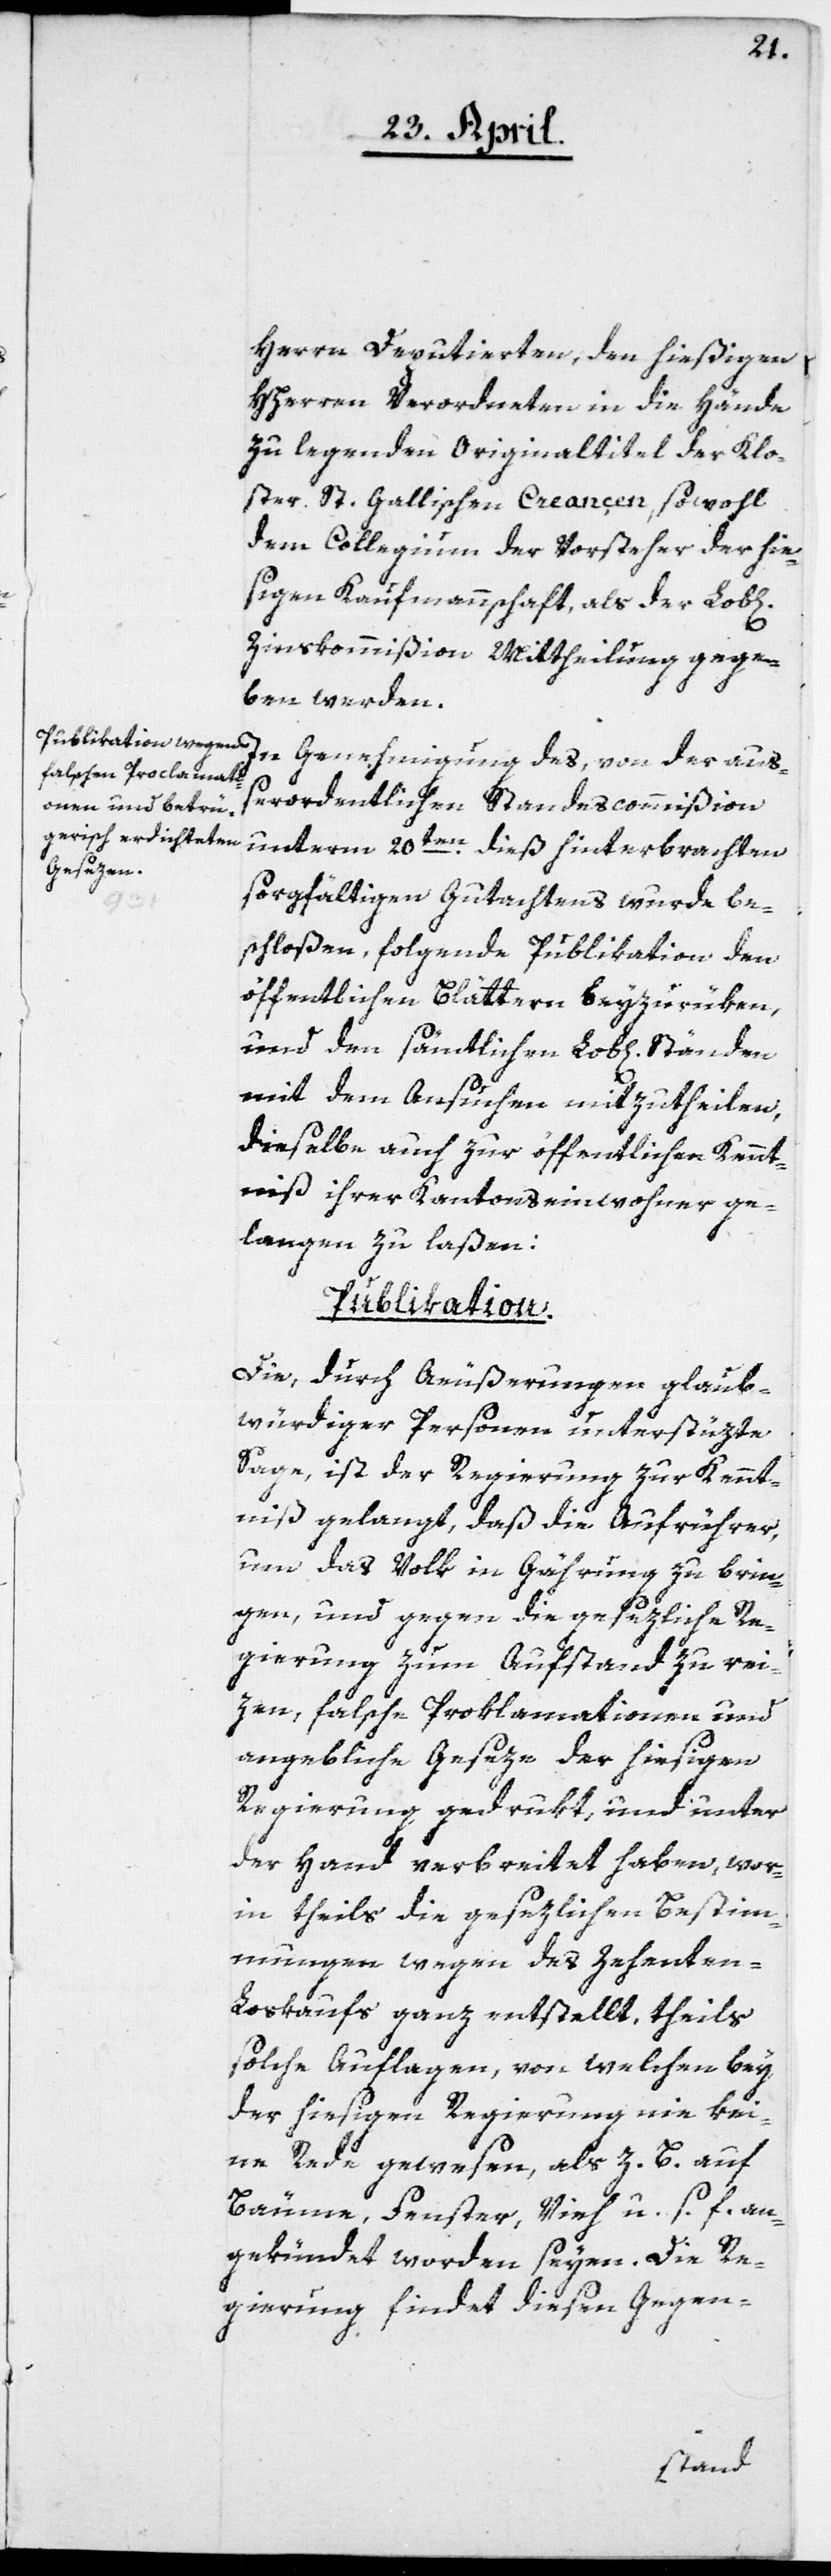
chen]

Herrn Deputierten, den hießigen
HHerren Verordneten in die Hände
zu legenden Originaltitel der Klo¬
ster St. Gallischen Creançen, sowohl
dem Collegium der Vorsteher der hie¬
sigen Kaufmannschaft als der Lob[li¬
Zinskommißion Mittheilung gege¬
ben werden.
In Genehmigung des, von der auß¬
erordentlichen Standescommißion
unterm 20ten dieß hinterbrachten
sorgfältigen Gutachtens wurde be¬
schloßen, folgende Publikation den
öffentlichen Blättern beyzurüken,
und den sämtlichen Lob[lichen]
mit dem Ansuchen mitzutheilen,
dieselbe auch zur öffentlichen Kennt¬
niß ihrer Kantonseinwohner ge¬
langen zu laßen:
Publikation.
Die, durch Äußerungen glaub¬
würdiger Personen unterstüzte
Sage, ist der Regierung zur Kennt¬
niß gelangt, daß die Aufrührer,
um das Volk in Gährung zu brin¬
gen, und gegen die gesezliche Re¬
gierung zum Aufstand zu rei¬
zen, falsche Proklamationen und
angebliche Geseze der hiesigen
Regierung gedrukt, und unter
der Hand verbreitet haben, wor¬
in theils die gesezlichen Bestim¬
mungen wegen des Zehenten-L¬
oskaufs ganz entstellt, theils
solche Auflagen, von welchen bey
der hiesigen Regierung nie kei¬
ne Rede gewesen, als z. B. auf
Bäume, Fenster, Vieh u. s. f. an¬
gekündet worden seyen. Die Re¬
gierung findet diesen Gegen-